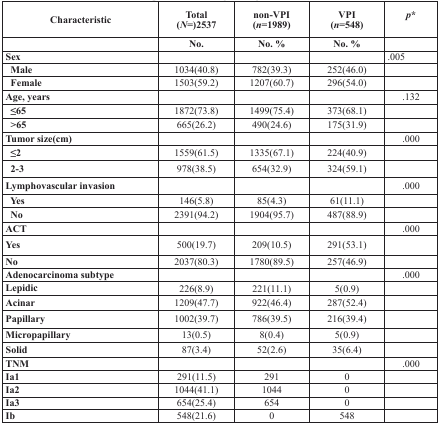
<table><thead><tr><td><b>Characteristic</b></td><td><b>Total (<i>N</i>=)2537</b></td><td><b>non-VPI (<i>n</i>=1989)</b></td><td><b>VPI (<i>n</i>=548)</b></td><td><b><i>p</i>*</b></td></tr><tr><td></td><td><b>No.</b></td><td><b>No. %</b></td><td><b>No. %</b></td><td></td></tr></thead><tbody><tr><td><b>Sex</b></td><td></td><td></td><td></td><td>.005</td></tr><tr><td><b> Male</b></td><td>1034(40.8)</td><td>782(39.3)</td><td>252(46.0)</td><td></td></tr><tr><td><b> Female</b></td><td>1503(59.2)</td><td>1207(60.7)</td><td>296(54.0)</td><td></td></tr><tr><td><b>Age, years</b></td><td></td><td></td><td></td><td>.132</td></tr><tr><td><b> ≤65</b></td><td>1872(73.8)</td><td>1499(75.4)</td><td>373(68.1)</td><td></td></tr><tr><td><b> &gt;65</b></td><td>665(26.2)</td><td>490(24.6)</td><td>175(31.9)</td><td></td></tr><tr><td><b>Tumor size(cm)</b></td><td></td><td></td><td></td><td>.000</td></tr><tr><td><b> ≤2</b></td><td>1559(61.5)</td><td>1335(67.1)</td><td>224(40.9)</td><td></td></tr><tr><td><b> 2-3</b></td><td>978(38.5)</td><td>654(32.9)</td><td>324(59.1)</td><td></td></tr><tr><td><b>Lymphovascular invasion</b></td><td></td><td></td><td></td><td>.000</td></tr><tr><td><b> Yes</b></td><td>146(5.8)</td><td>85(4.3)</td><td>61(11.1)</td><td></td></tr><tr><td><b> No</b></td><td>2391(94.2)</td><td>1904(95.7)</td><td>487(88.9)</td><td></td></tr><tr><td><b>ACT</b></td><td></td><td></td><td></td><td>.000</td></tr><tr><td><b>Yes</b></td><td>500(19.7)</td><td>209(10.5)</td><td>291(53.1)</td><td></td></tr><tr><td><b>No</b></td><td>2037(80.3)</td><td>1780(89.5)</td><td>257(46.9)</td><td></td></tr><tr><td><b>Adenocarcinoma subtype</b></td><td></td><td></td><td></td><td>.000</td></tr><tr><td><b>Lepidic</b></td><td>226(8.9)</td><td>221(11.1)</td><td>5(0.9)</td><td></td></tr><tr><td><b>Acinar</b></td><td>1209(47.7)</td><td>922(46.4)</td><td>287(52.4)</td><td></td></tr><tr><td><b>Papillary</b></td><td>1002(39.7)</td><td>786(39.5)</td><td>216(39.4)</td><td></td></tr><tr><td><b>Micropapillary</b></td><td>13(0.5)</td><td>8(0.4)</td><td>5(0.9)</td><td></td></tr><tr><td><b>Solid</b></td><td>87(3.4)</td><td>52(2.6)</td><td>35(6.4)</td><td></td></tr><tr><td><b>TNM</b></td><td></td><td></td><td></td><td>.000</td></tr><tr><td><b>Ia1</b></td><td>291(11.5)</td><td>291</td><td>0</td><td></td></tr><tr><td><b>Ia2</b></td><td>1044(41.1)</td><td>1044</td><td>0</td><td></td></tr><tr><td><b>Ia3</b></td><td>654(25.4)</td><td>654</td><td>0</td><td></td></tr><tr><td><b>Ib</b></td><td>548(21.6)</td><td>0</td><td>548</td><td></td></tr></tbody></table>